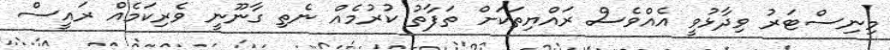
މިނިސްޓަރު ވިދާޅުވީ އެއްވެސް ރައްޔިތަކަށް ތަފާތު ކުރުމެއް ނެތި ގާނޫނީ ވެރިކަމެއް ރައީސް